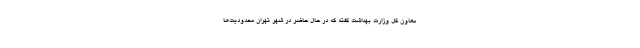
معاون کل وزارت بهداشت گفته که در حال حاضر در شهر تهران محدودیت‌ها